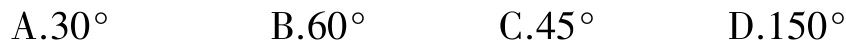
A.$30^{\circ}$  B.$60^{\circ}$  C.$45^{\circ}$  D.$150^{\circ}$